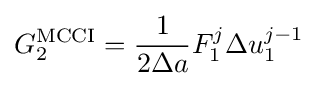
G_{2}^{\text{MCCI}}={\frac {1}{2\Delta a}}F_{1}^{j}{\Delta u_{1}^{j-1}}